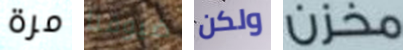
مرة ضيوفنا ولكن مخزن